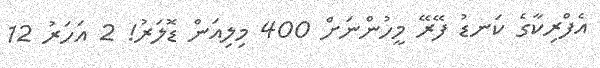
އެފްރިކާގެ ކަނޑު ފޭރޭ މީހުންނަށް 400 މިލިއަން ޑޮލަރު! 2 އަހަރު 12